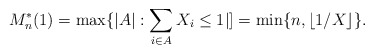
\begin{align*}M_n^*(1)=\max\{|A| : \sum_{i\in A} X_i \leq 1|]= \min \{n, \lfloor 1/X \rfloor \}.\end{align*}